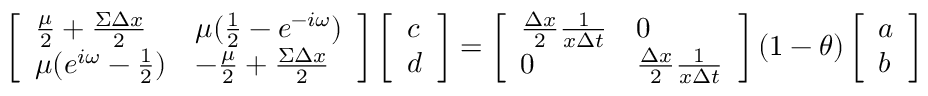
\left[ \begin{array} { l l } { \frac { \mu } { 2 } + \frac { \Sigma \Delta x } { 2 } } & { \mu ( \frac { 1 } { 2 } - e ^ { - i \omega } ) } \\ { \mu ( e ^ { i \omega } - \frac { 1 } { 2 } ) } & { - \frac { \mu } { 2 } + \frac { \Sigma \Delta x } { 2 } } \end{array} \right] \left[ \begin{array} { l } { c } \\ { d } \end{array} \right] = \left[ \begin{array} { l l } { \frac { \Delta x } { 2 } \frac { 1 } { x \Delta t } } & { 0 } \\ { 0 } & { \frac { \Delta x } { 2 } \frac { 1 } { x \Delta t } } \end{array} \right] ( 1 - \theta ) \left[ \begin{array} { l } { a } \\ { b } \end{array} \right]